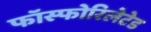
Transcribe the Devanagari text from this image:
फॉस्फोरिलेटेड